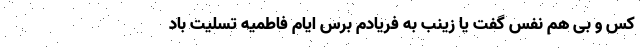
کس و بی‌ هم‌ نفس گفت یا زینب به فریادم برس ایام فاطمیه تسلیت باد